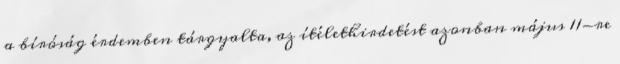
a bíróság érdemben tárgyalta, az ítélethirdetést azonban május 11-re